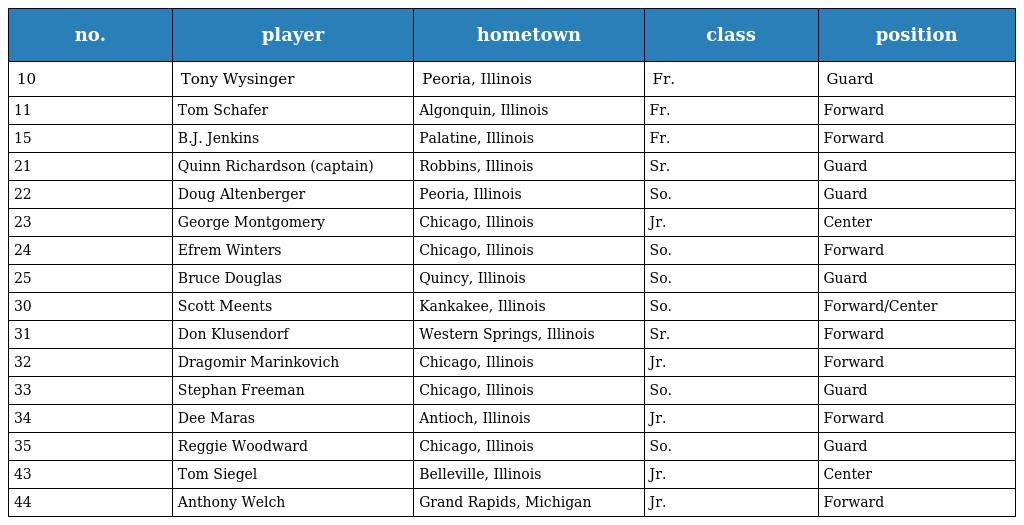
| no. | player | hometown | class | position |
 | --- | --- | --- | --- | --- |
 | 10 | Tony Wysinger | Peoria, Illinois | Fr. | Guard |
 | 11 | Tom Schafer | Algonquin, Illinois | Fr. | Forward |
 | 15 | B.J. Jenkins | Palatine, Illinois | Fr. | Forward |
 | 21 | Quinn Richardson (captain) | Robbins, Illinois | Sr. | Guard |
 | 22 | Doug Altenberger | Peoria, Illinois | So. | Guard |
 | 23 | George Montgomery | Chicago, Illinois | Jr. | Center |
 | 24 | Efrem Winters | Chicago, Illinois | So. | Forward |
 | 25 | Bruce Douglas | Quincy, Illinois | So. | Guard |
 | 30 | Scott Meents | Kankakee, Illinois | So. | Forward/Center |
 | 31 | Don Klusendorf | Western Springs, Illinois | Sr. | Forward |
 | 32 | Dragomir Marinkovich | Chicago, Illinois | Jr. | Forward |
 | 33 | Stephan Freeman | Chicago, Illinois | So. | Guard |
 | 34 | Dee Maras | Antioch, Illinois | Jr. | Forward |
 | 35 | Reggie Woodward | Chicago, Illinois | So. | Guard |
 | 43 | Tom Siegel | Belleville, Illinois | Jr. | Center |
 | 44 | Anthony Welch | Grand Rapids, Michigan | Jr. | Forward |